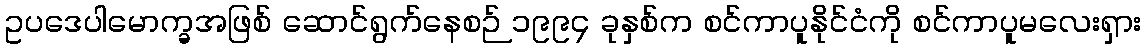
ဥပဒေပါမောက္ခအဖြစ် ဆောင်ရွက်နေစဉ် ၁၉၉၄ ခုနှစ်က စင်ကာပူနိုင်ငံကို စင်ကာပူမလေးရှား